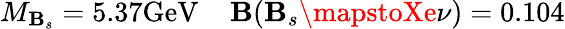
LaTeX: M_{\mathbf{B}_{s}}=5.37\mathrm{{GeV}}\; \; \; \; \mathbf{B}(\mathbf{B}_{s}\mapstoXe\nu)=0.104